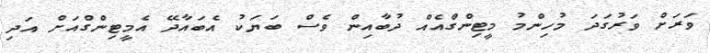
ވަރަށް ވަރުގަދަ މުހިންމު މީޓިންގްއެއް ދުބާއިން ވެސް ބަޔަކު އެބައާދޭ އެމީޓިންގްއަށް އަދި